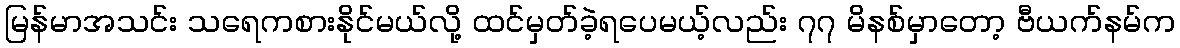
မြန်မာအသင်း သရေကစားနိုင်မယ်လို့ ထင်မှတ်ခဲ့ရပေမယ့်လည်း ၇၇ မိနစ်မှာတော့ ဗီယက်နမ်က